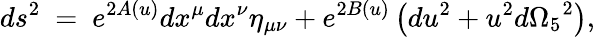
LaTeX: ds^{2}~=~e^{2A(u)}dx^{\mu}dx^{\nu}\eta_{\mu\nu}+e^{2B(u)}\left(du^{2}+u^{2}d{\Omega_{5}}^{2}\right),